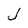
Character: J